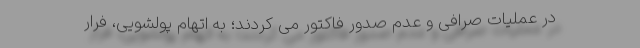
در عملیات صرافی و عدم صدور فاکتور می کردند؛ به اتهام پولشویی، فرار